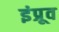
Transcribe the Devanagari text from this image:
इंप्रूव